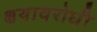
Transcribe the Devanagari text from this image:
क्षयावरोधी